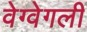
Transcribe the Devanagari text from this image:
वेग्वेगली